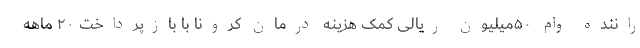
راننده وام ۵۰میلیون ریالی کمک هزینه درمان کرونا با بازپرداخت ۲۰ ماهه